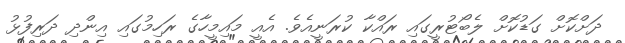
ދަށްކޮށް ގަޑުކޮށް ލެބޯޓުރީގައި ރައްކާ ކުރަނީއެވެ. އެއީ މައިމީހާގެ ރަހިމުގައި އިންދި ދަރިފުޅު